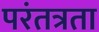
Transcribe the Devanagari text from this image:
परंतत्रता